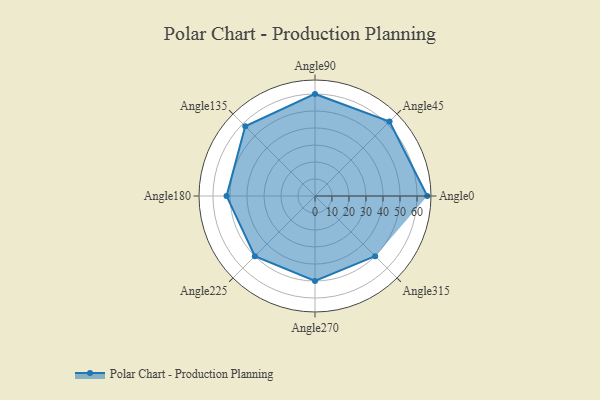
{"axis": {"x": "Angle", "y": "Radius"}, "legend": [""], "data": [{"x": "Angle0", "y": 66.0, "type": ""}, {"x": "Angle45", "y": 62.0, "type": ""}, {"x": "Angle90", "y": 60.0, "type": ""}, {"x": "Angle135", "y": 58.0, "type": ""}, {"x": "Angle180", "y": 52.0, "type": ""}, {"x": "Angle225", "y": 50.0, "type": ""}, {"x": "Angle270", "y": 50, "type": ""}, {"x": "Angle315", "y": 50, "type": ""}]}